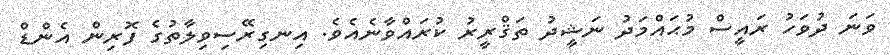
ވަނަ ދުވަހު ރައީސް މުޙައްމަދު ނަޝީދު ތަޤްރީރު ކުރައްވާނެއެވެ. އިނގިރޭސިވިލާތުގެ ފޮރިން އެންޑް